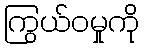
ကြွယ်ဝမှုကို